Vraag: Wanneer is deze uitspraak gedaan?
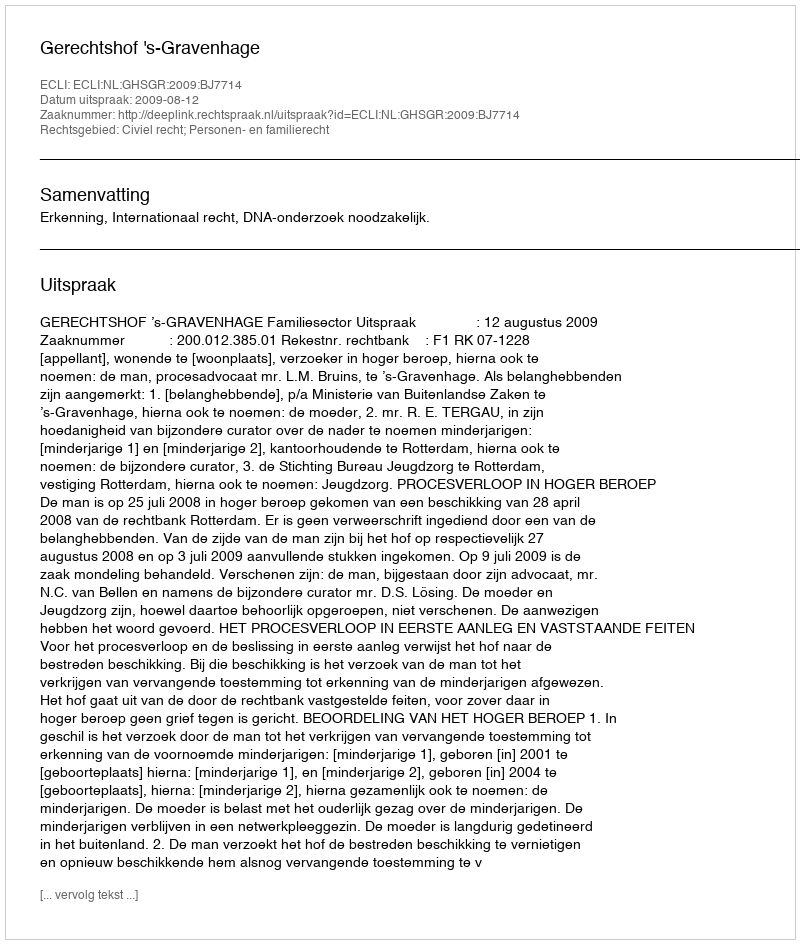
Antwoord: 2009-08-12